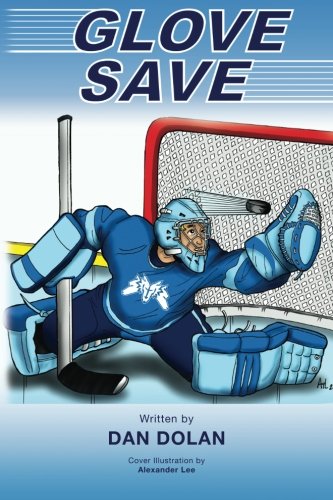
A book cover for Glove Save; Dan Dolan; Teen & Young Adult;